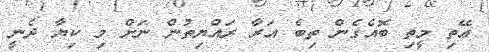
ޢޭތި މީތި ބޮއެގެން ތިބެ އަރާ ރައްޔިތުން ނަށް މި ކިޔާ ދެނީ